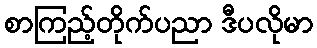
စာကြည့်တိုက်ပညာ ဒီပလိုမာ